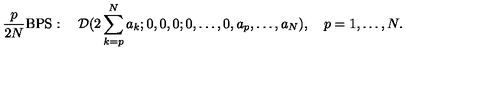
{ \frac { p } { 2 N } } \mathrm { B P S } : \quad { \cal D } ( 2 \sum _ { k = p } ^ { N } a _ { k } ; 0 , 0 , 0 ; 0 , \ldots , 0 , a _ { p } , \ldots , a _ { N } ) , \quad p = 1 , \ldots , N .